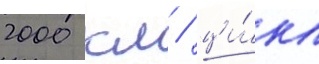
2000 км / ци́кл